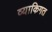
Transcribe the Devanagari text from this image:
व्याकिगत